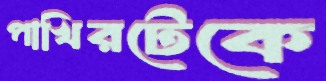
পাখিরটেকে